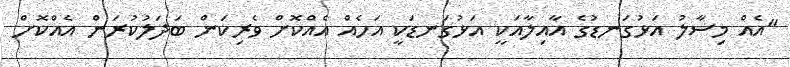
"އެއް މިސާލު އަޅުގަނޑުގެ އާއިލާއަކީ އަޅުގަނޑަކީ އަހެއް އެއްކޮށް ވެރިކަން ބަދަލުކުރަން އެއްކޮށް